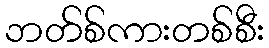
ဘတ်စ်ကားတစ်စီး